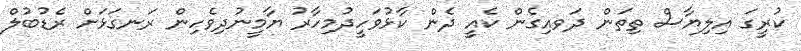
ކުރީގަ އިލިޔާސް ތިތަން ދަވއިގެން ކެއީ ދެން ކާޅުވަހީދުމިހާރު ޔާމީނުދިވެހިން ރަނގަޅަށް ރެޑުބުލް